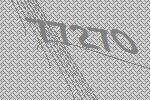
77270